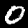
Label: 0